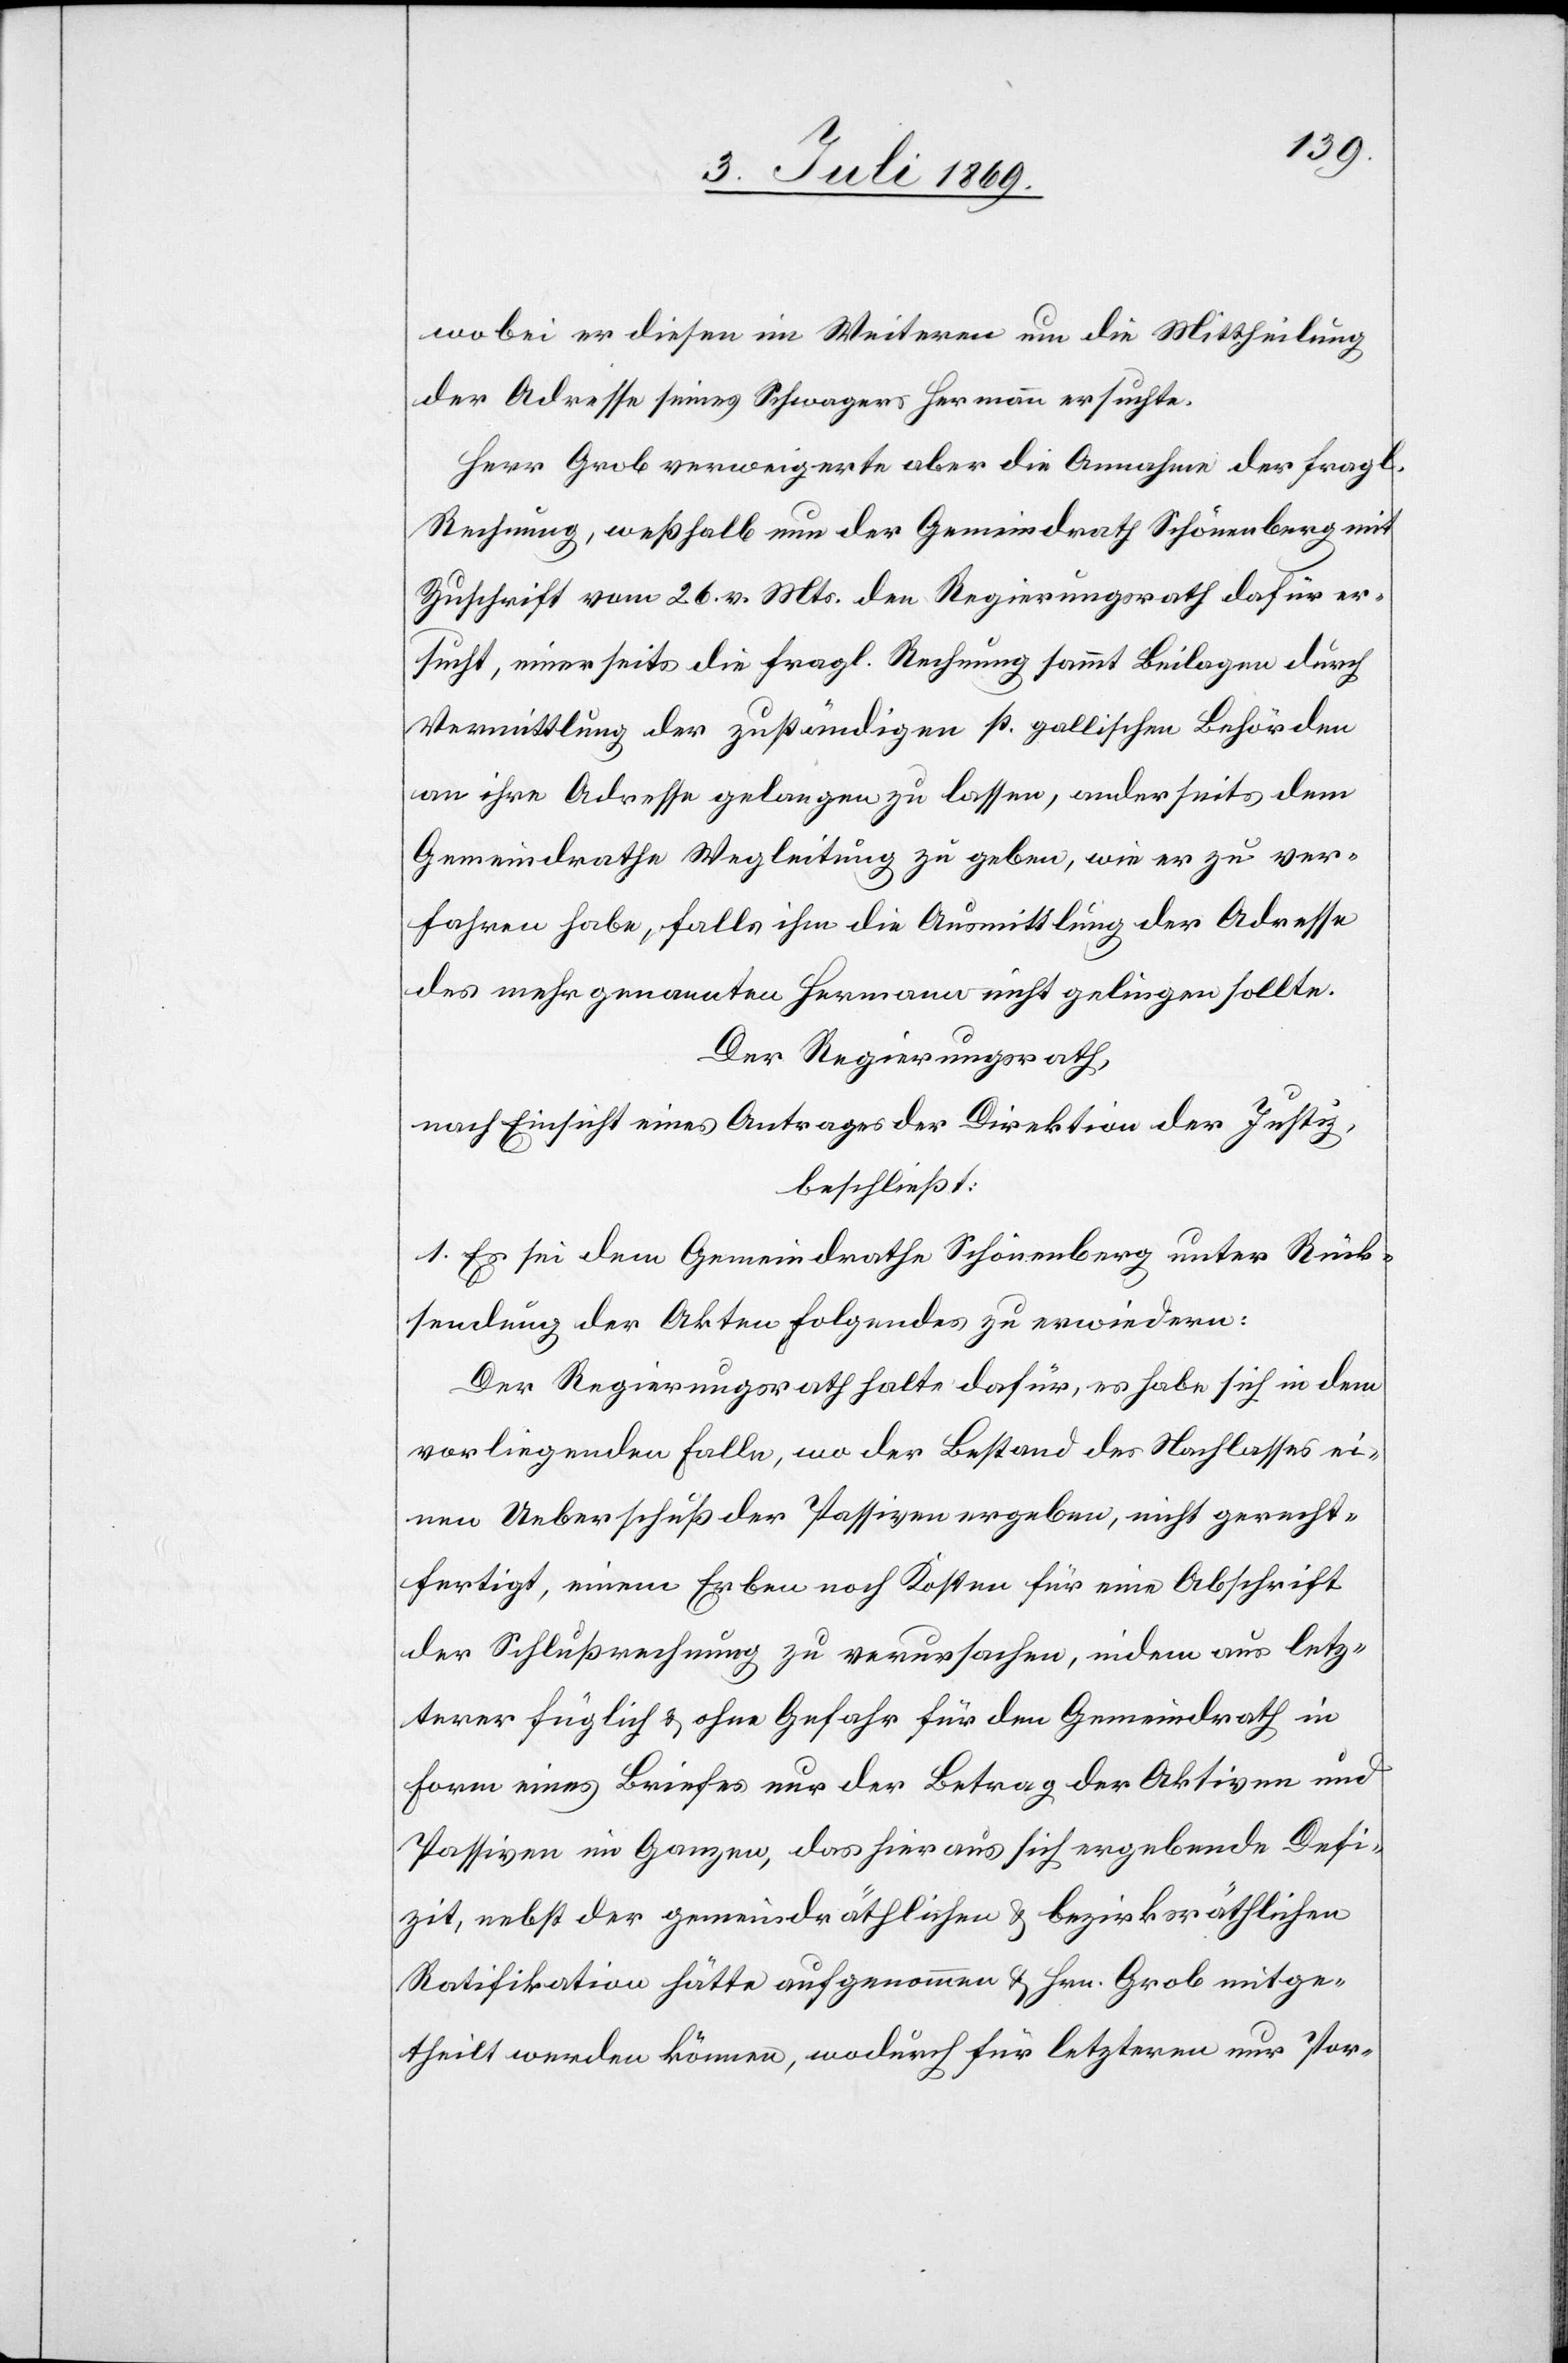
wobei er diesen im Weitern um die Mittheilung
der Adresse seines Schwagers Hermann ersuchte.
Herr Grob verweigerte aber die Annahme der fragl.
Vermittlung der zuständigen st. gallischen Behörden
an ihre Adresse gelangen zu lassen, anderseits dem
Gemeindrathe Wegleitung zu geben, wie er zu ver¬
fahren habe, falls ihm die Ausmittlung der Adresse
des mehr genannten Hermann nicht gelingen sollte.
Der Regierungsrath,
nach Einsicht eines Antrages der Direktion der Justiz,
beschließt:
1. Es sei dem Gemeindrathe Schönenberg unter Rück¬
sendung der Akten folgendes zu erwiedern:
Der Regierungsrath halte dafür, es habe sich in dem
vorliegenden Falle, wo der Bestand des Nachlasses ei¬
nen Ueberschuß der Passiven ergeben, nicht gerecht¬
fertigt, einen Erben noch Kosten für eine Abschrift
der Schlußrechnung zu verursachen, indem aus letz¬
terer füglich u. ohne Gefahr für den Gemeindrath in
Form eines Briefes nur der Betrag der Aktiven und
Passiven im Ganzen, das hieraus sich ergebende Defi¬
zit, nebst der gemeindräthlichen u. bezirksräthlichen
Ratifikation hätte aufgenommen u. Hrn. Grob mitge¬
theilt werden können, wodurch für letzteren nur Por-